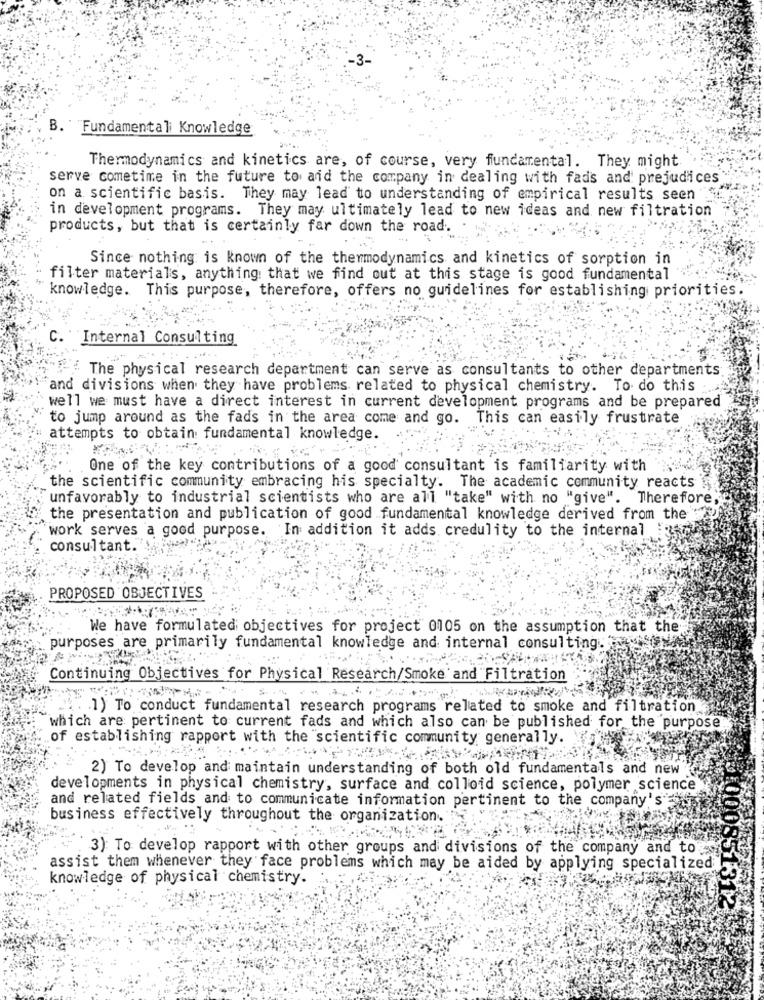
B.
Fundamental Knowledge
Thermodynamics and kinetics are, of course, very fundamental. They might
serve cometime in the future to and the company in dealing with fads and prejudices
on a scientific basis. They may lead to understanding of empirical results seen
in development programs. They may ultimately lead to new ideas and new filtration
products, but that is certainly far down the road.
Since nothing is known of the thermodynamics and kinetics of sorption in
filter materials, anything that we find out at this stage is good fundamental
knowledge. This purpose, therefore, offers no guidelines for establishing priorities.
C.
Internal Consulting
The physical research department can serve as consultants to other departments
and divisions when they have problems related to physical chemistry. To do this
well we must have a direct interest in current development programs and be prepared
to jump around as the fads in the area come and go. This can easily frustrate
attempts to obtain fundamental knowledge.
One of the key contributions of a good consultant is familiarity with
the scientific community embracing his specialty. The academic community reacts
unfavorably to industrial scientists who are all "take" with no "give". Therefore,"
the presentation and publication of good fundamental knowledge derived from the
work serves a good purpose. In addition it adds credulity to the internal
consultant.
PROPOSED OBJECTIVES
We have formulated objectives for project 0105 on the assumption that the
purposes are primarily fundamental knowledge and internal consulting.
Continuing Objectives for Physical Research/Smoke and Filtration
1) To conduct fundamental research programs related to smoke and filtration
which are pertinent to current fads and which also can be published for the purpose:
of establishing rapport with the scientific community generally.
2) To develop and maintain understanding of both old fundamentals and new
developments in physical chemistry, surface and colloid science, polymer science
and related fields and to communicate information pertinent to the company's"
business effectively throughout the organization.
3) To develop rapport with other groups and divisions of the company and to
assist them whenever they face problems which may be aided by applying specialized;
knowledge of physical chemistry.
000851312